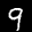
Label: 9